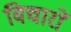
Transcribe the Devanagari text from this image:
विचाराें